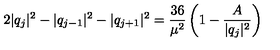
2 | q _ { j } | ^ { 2 } - | q _ { j - 1 } | ^ { 2 } - | q _ { j + 1 } | ^ { 2 } = { \frac { 3 6 } { \mu ^ { 2 } } } \left( 1 - { \frac { A } { | q _ { j } | ^ { 2 } } } \right)